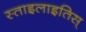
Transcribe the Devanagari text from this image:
स्ताइलाइतिस्